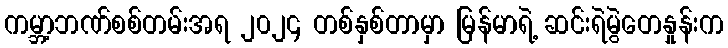
ကမ္ဘာ့ဘဏ်စစ်တမ်းအရ ၂၀၂၄ တစ်နှစ်တာမှာ မြန်မာရဲ့ ဆင်းရဲမွဲတေနှုန်းက